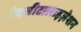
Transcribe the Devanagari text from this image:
डीएसीटालाइज़ेशन